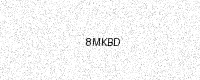
Text: 8MKBD